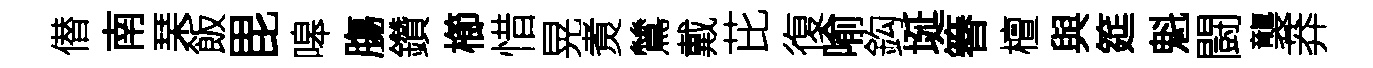
僣南琹飯毘嗥膓鑽櫛惜晃煑鷥戴芘復喻鈎埏簮檀與筵魁闘襲莽